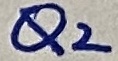
Text: Q2